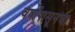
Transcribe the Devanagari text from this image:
वर्षापासूनचा